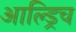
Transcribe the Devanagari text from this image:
आल्ड्रिच